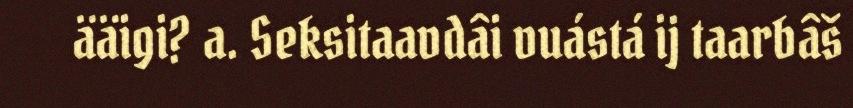
ääigi? a. Seksitaavdâi vuástá ij taarbâš